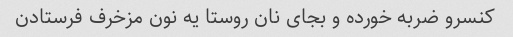
کنسرو ضربه خورده و بجای نان روستا یه نون مزخرف فرستادن